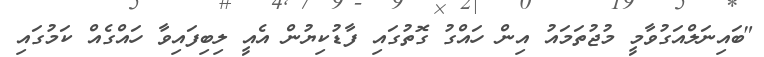
"ބައިނަލްއަގުވާމީ މުޖުތަމައު އިން ހައްގު ގޮތުގައި ފާޑުކިޔުން އެއީ ލިބިފައިވާ ހައްގެއް ކަމުގައި